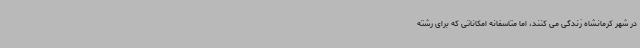
در شهر کرمانشاه زندگی می کنند، اما متاسفانه امکاناتی که برای رشته